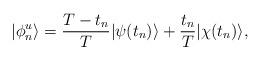
LaTeX: \begin{align*}|\phi^{u}_{n}\rangle = \frac{T-t_n}{T}|\psi(t_n)\rangle+\frac{t_n}{T}|\chi(t_n)\rangle,\end{align*}